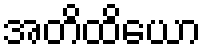
အတိထိယော